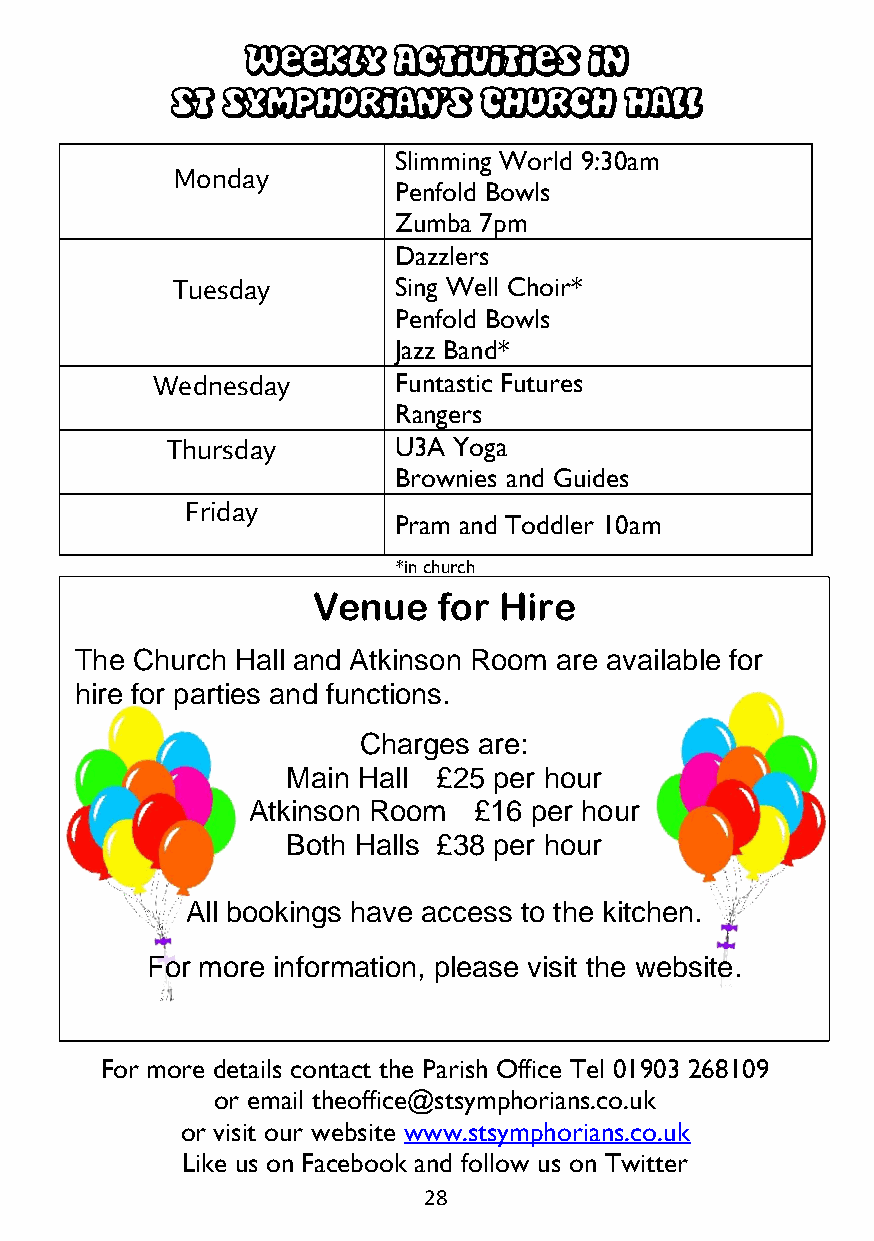
Weekly    Ac tivities  in
 St  Symphorian’s     Church   Hall
 Slimming World 9:30am
 Monday
 Penfold Bowls
 Zumba 7pm
 Dazzlers
 Tuesday        Sing Well Choir*
 Penfold Bowls
 Jazz Band*
 Wednesday       Funtastic Futures
 Rangers
 Thursday       U3A Yoga
 Brownies and Guides
 Friday
 Pram and Toddler 10am
 *in church
 Venue   for Hire
 The Church Hall and Atkinson Room are available for
 hire for parties and functions.
 Charges are:
 Main Hall £25 per hour
 Atkinson Room  £16 per hour
 Both Halls £38 per hour
 All bookings have access to the kitchen.
 For more information, please visit the website.
 For more details contact the Parish Office Tel 01903 268109
 or email theoffice@stsymphorians.co.uk
 or visit our website www.stsymphorians.co.uk
 Like us on Facebook and follow us on Twitter
 28